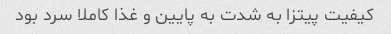
کیفیت پیتزا به شدت به پایین و غذا کاملا سرد بود